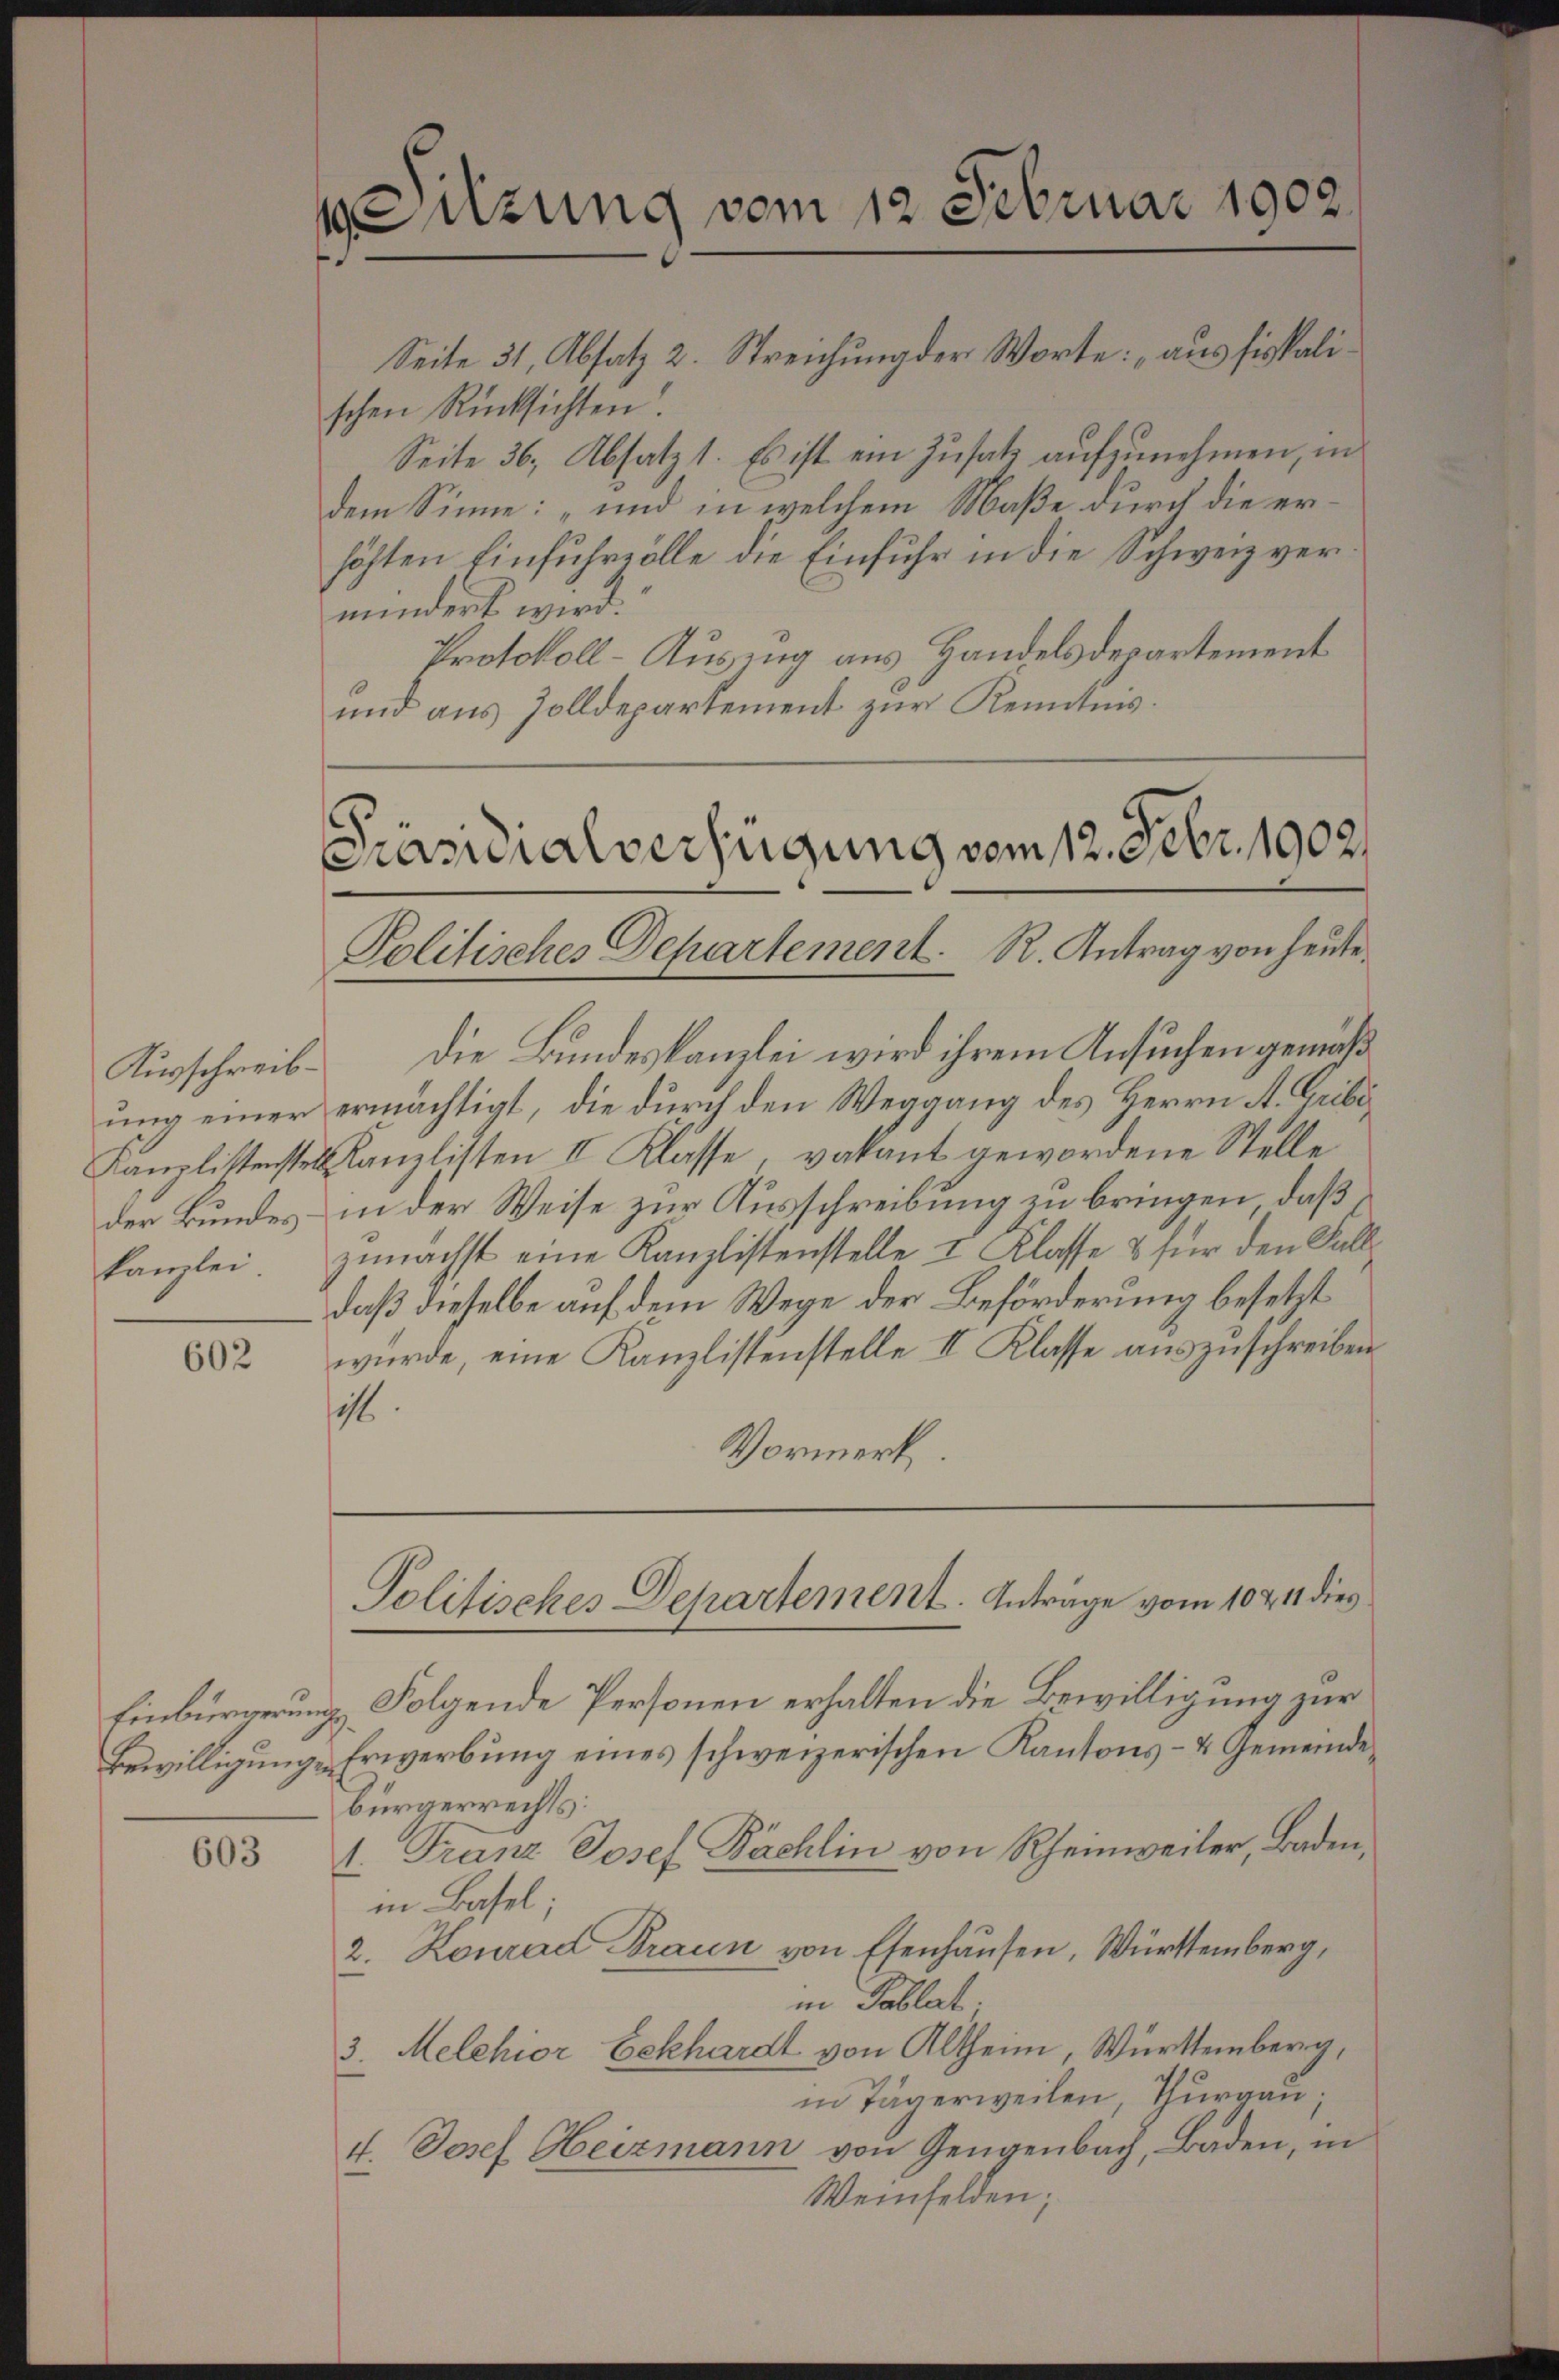
Ausschreib
der Bundes:

602

603

Sitzung vom 12 Februar 1902.

Die Bundeskanzlei wird ihrem Ansuchen gemäß
ung einer ermächtigt, die durch den Weggang des Herrn A. Gribi
Kanzlittenstes Kanzlisten II Klasse, vakant gewordene Stelle
in der Weise zur Ausschreibung zu bringen, daß
kanzlei zunächst eine Kanzlistenstelle I Klasse & für den Falldaß dieselbe auf dem Wege der Beförderung besetzt
würde, eine Kanzlistenstelle II Klasse auszuschreiben
sist
Vormerk

Seite 31, Absatz 2. Streichung der Worte: „aus fissalischen Rücksichten
Seite 36, Absatz 1. Es ist ein Zusatz aufzunehmen, in
dem Sinne: „und in welchem Maße durch die erhöhten Einfuhrzölle die Einfuhr in die Schweiz vermindert wird.
Protokoll-Ausing aus Handelsdepartement
und aus Zolldepartement zur Kenntnis.

Präsidialverfügung vom 12. Febr. 1902.
Politisches Departement. R. Antrag von heute.

Politisches Departement. Anträge vom 10 & 11 dies

Einbürgerung Folgende Personen erhalten die Bewilligung zur
Bewilligung, Erwerbung eines schweizerischen Kantons- & Gemeinde
bürgerrechts:
1. Franz Josef Bächlin von Rheinweiler, Baden,
in Basel;
2. Konrad Braun von Esenhausen, Württemberg,
in Tablat;
3. Melchior bekhardt von Altheim, Württemberg,
in Tägerweilen, Thurgau,
4. Josef Heizmann von Zeugenbach, Baden, in
Weinfelden;